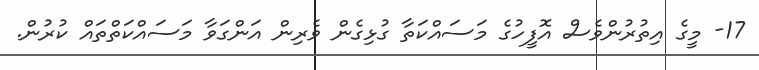
17- މީގެ އިތުރުންވެސް އޮފީހުގެ މަސައްކަތާ ގުޅިގެން ވެރިން އަންގަވާ މަސައްކަތްތައް ކުރުން.